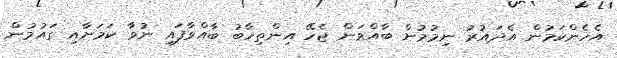
އެހެންކަމުން އެދައުރު ނިމުމުން ބާއްވަން ޖެހޭ އިންތިހާބު ބާއްވާފައި ނުވާ ކަމަށާއި ގައުމުން